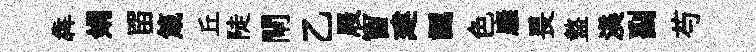
犇娟㽞箴丘陡閘乙屐窗建認色廱畏盩渼副芍